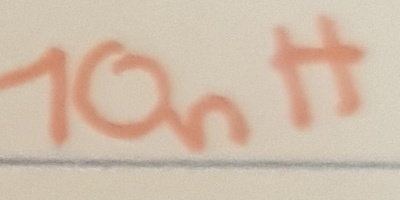
Text: 10nH